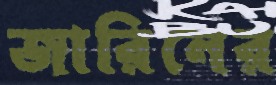
জারিনের